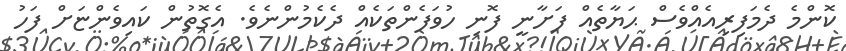
ކޮންމެ ދެމަފިރިއެއްވެސް ޙަޔާތެއް ފަށާނީ ފޮނި ހުވަފެންތަކެއް ދެކެމުންނެވެ. އެގޮތުން ކައިވެންޏަށް ފަހު